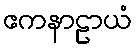
ဧကနာဠာယံ